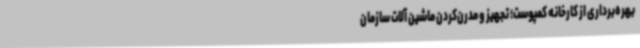
بهره‌برداری از کارخانه کمپوست؛ تجهیز و مدرن‌کردن ماشین آلات سازمان